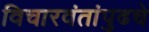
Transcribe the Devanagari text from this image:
विचारवंतांपुढचे